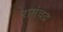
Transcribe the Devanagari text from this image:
रामंचद्र